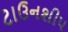
ટાઉનશીપ